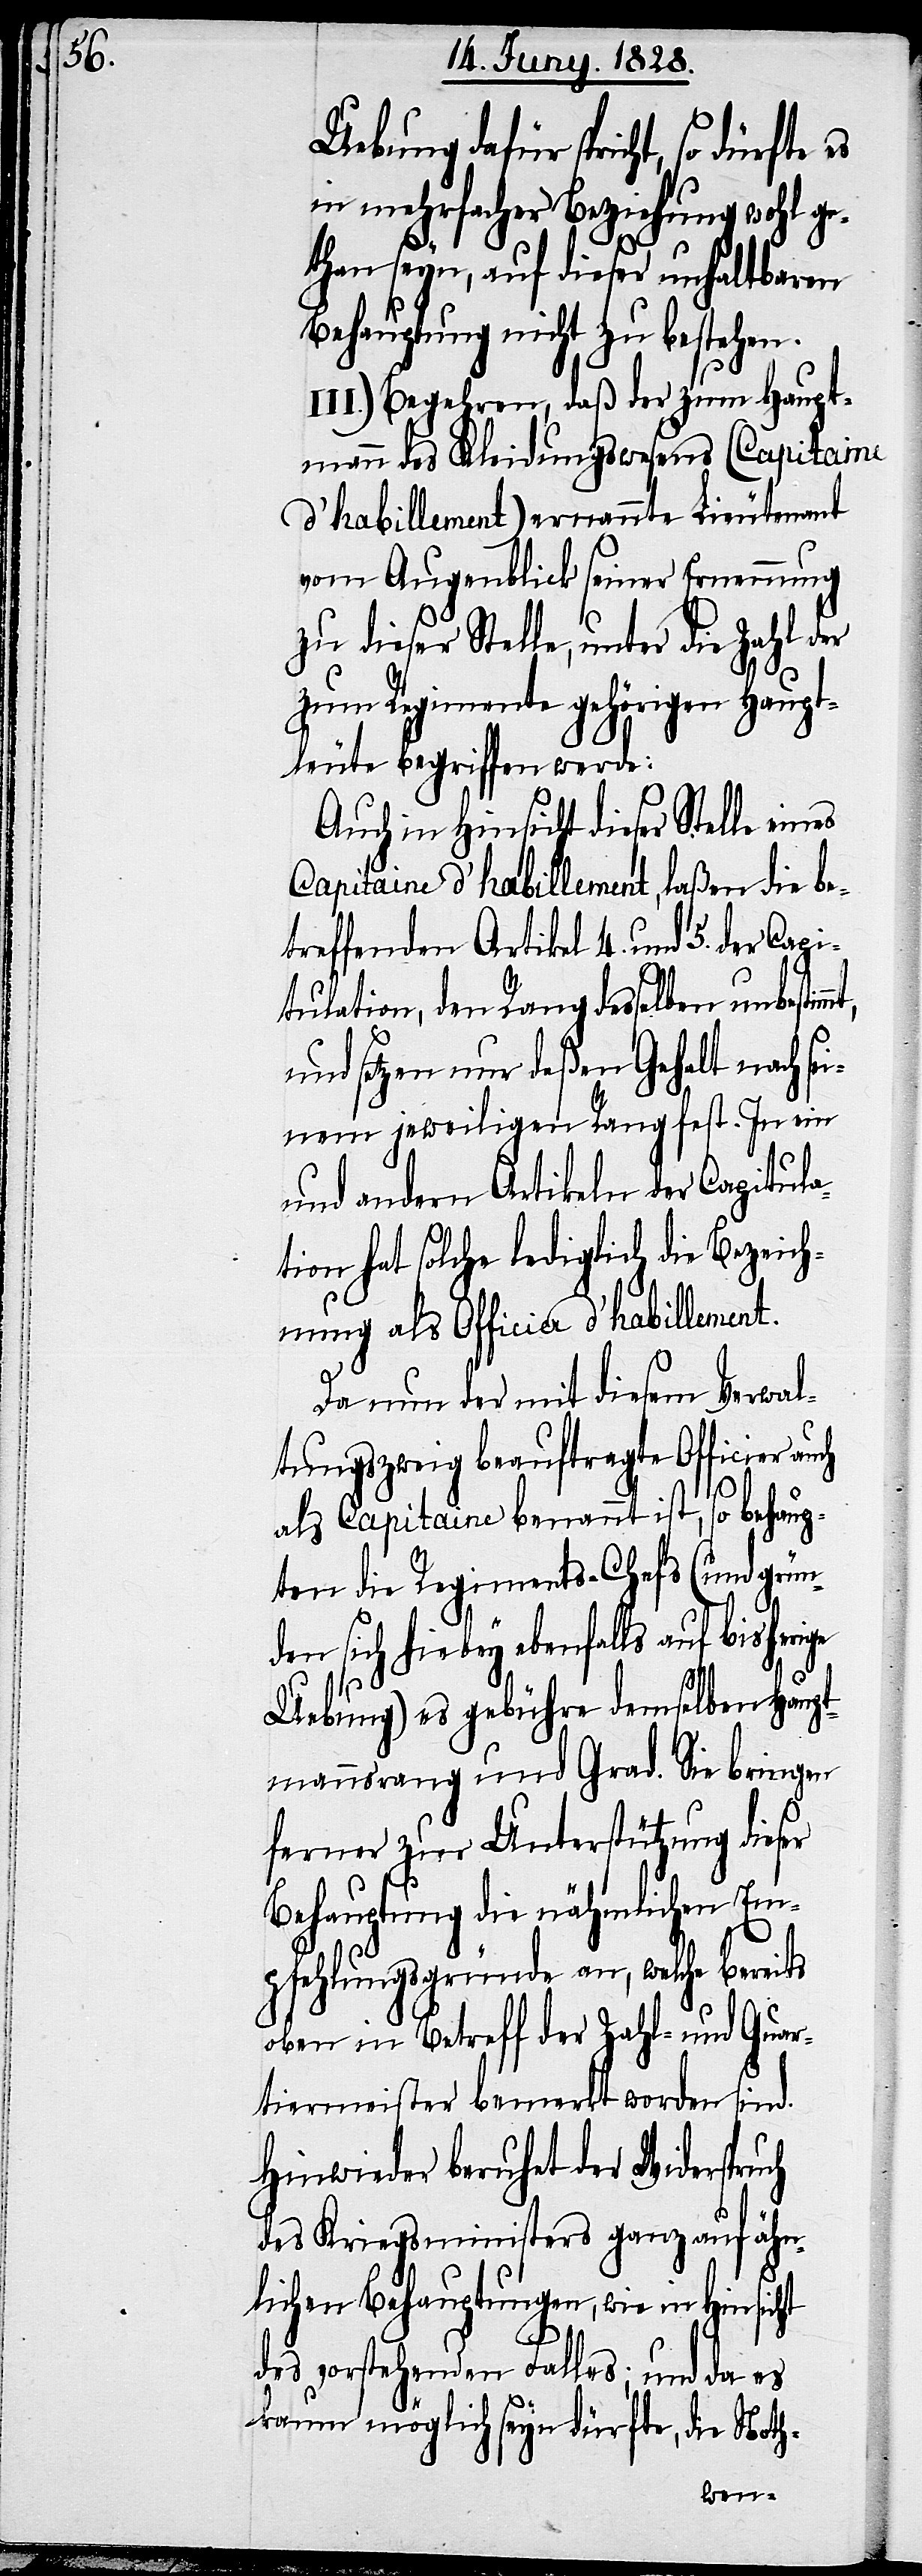
Uebung dafür spricht, so dürfte
in mehrfacher Beziehung wohl ge¬
than seyn, auf dieser unhaltbaren
Behauptung nicht zu bestehen.
III.) Begehren, daß der zum Haupt¬
mann des Kleidungswesens (Capitaine
d’habillement) ernannte Lieutenant
vom Augenblick seiner Ernennung
zu dieser Stelle, unter die Zahl der
zum Regimente gehörigen Haupt¬
leute begriffen werde:
Auch in Hinsicht dieser Stelle eines
Capitaine d’habillement, laßen die be¬
treffenden Artikel 4. und 5. der Capi¬
tulation, den Rang desselben unbestim¬
und setzen nur deßen Gehalt nach s¬
einem jeweiligen Rang fest. In ein
und andern Artikel der Capitula¬
tion hat solche lediglich die Bezeich¬
nung als Officier d’habillement.
Da nun der mit diesem Verwal¬
tungszweig beauftragte Officier auch
als Capitaine benannt ist, so behaup¬
ten die Regiments-Chefs (und grün¬
den sich hiebey ebenfalls auf bis¬
herige
Uebung) es gebühre demselben Haupt¬
mannsrang und Grad. Sie bringen
ferner zur Unterstützung dieser
Behauptung die nähmlichen Em¬
pfehlungsgründe an, welche bereits
oben in Betreff der Zahl- und Quar¬
tiermeister bemerkt worden sind.
Hinwieder beruhet der Widerspruch
des Kriegsministers ganz auf ähn¬
lichen Behauptungen, wie in Hinsicht
des vorstehenden Falles; und da es
kaum möglich seyn dürfte, die Noth-